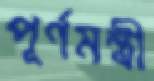
পূর্ণমন্ত্রী